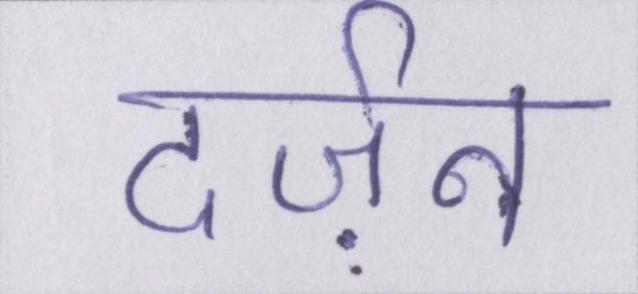
दर्ज़न